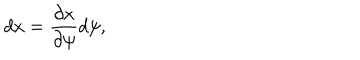
LaTeX: d x = { \frac { \partial x } { \partial \psi } } d \psi ,